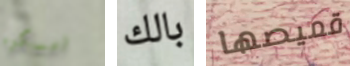
امسكوه بالك قميصها